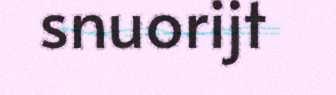
snuorijt